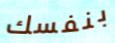
بنفسك